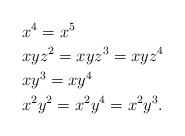
LaTeX: \begin{align*}&x^4= x^5\\& xyz^2= xyz^3= xyz^4\\& xy^3= xy^4\\& x^2y^2= x^2y^4= x^2y^3.\end{align*}